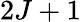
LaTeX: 2J+1